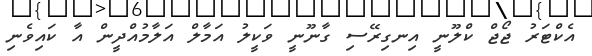
އެކްޓަރު ޖޯޖް ކްލޫނީ އިނގިރޭސި ގާނޫނީ ވަކީލު އަމާލް އަލާމުއްދީން އާ ކައިވެނި